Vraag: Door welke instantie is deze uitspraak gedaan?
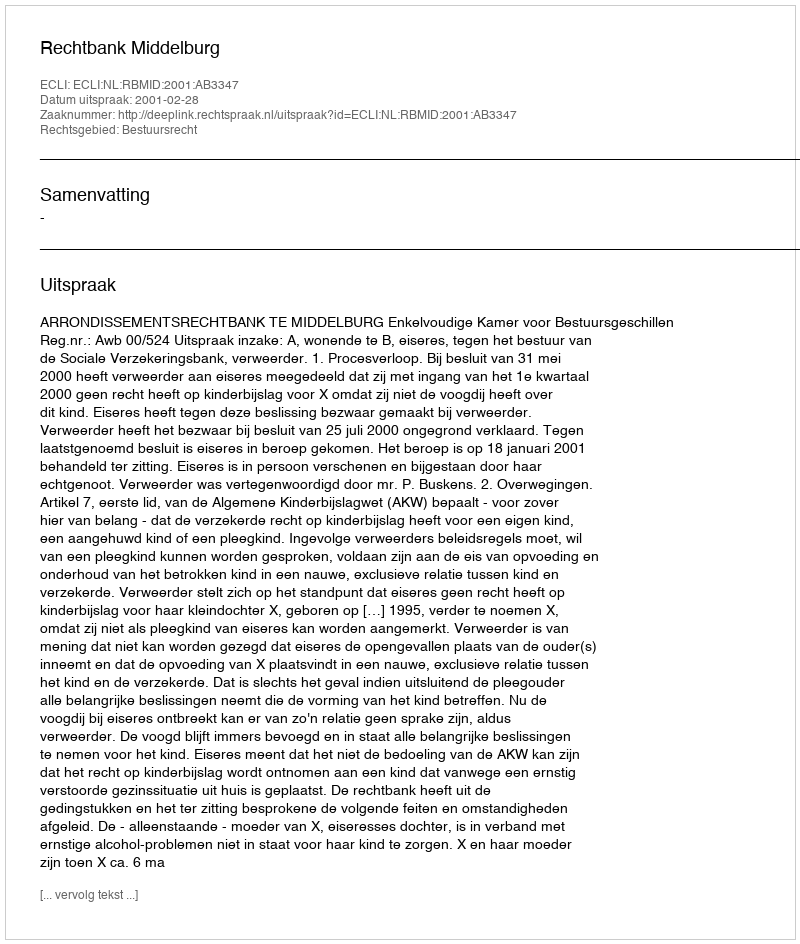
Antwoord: Rechtbank Middelburg